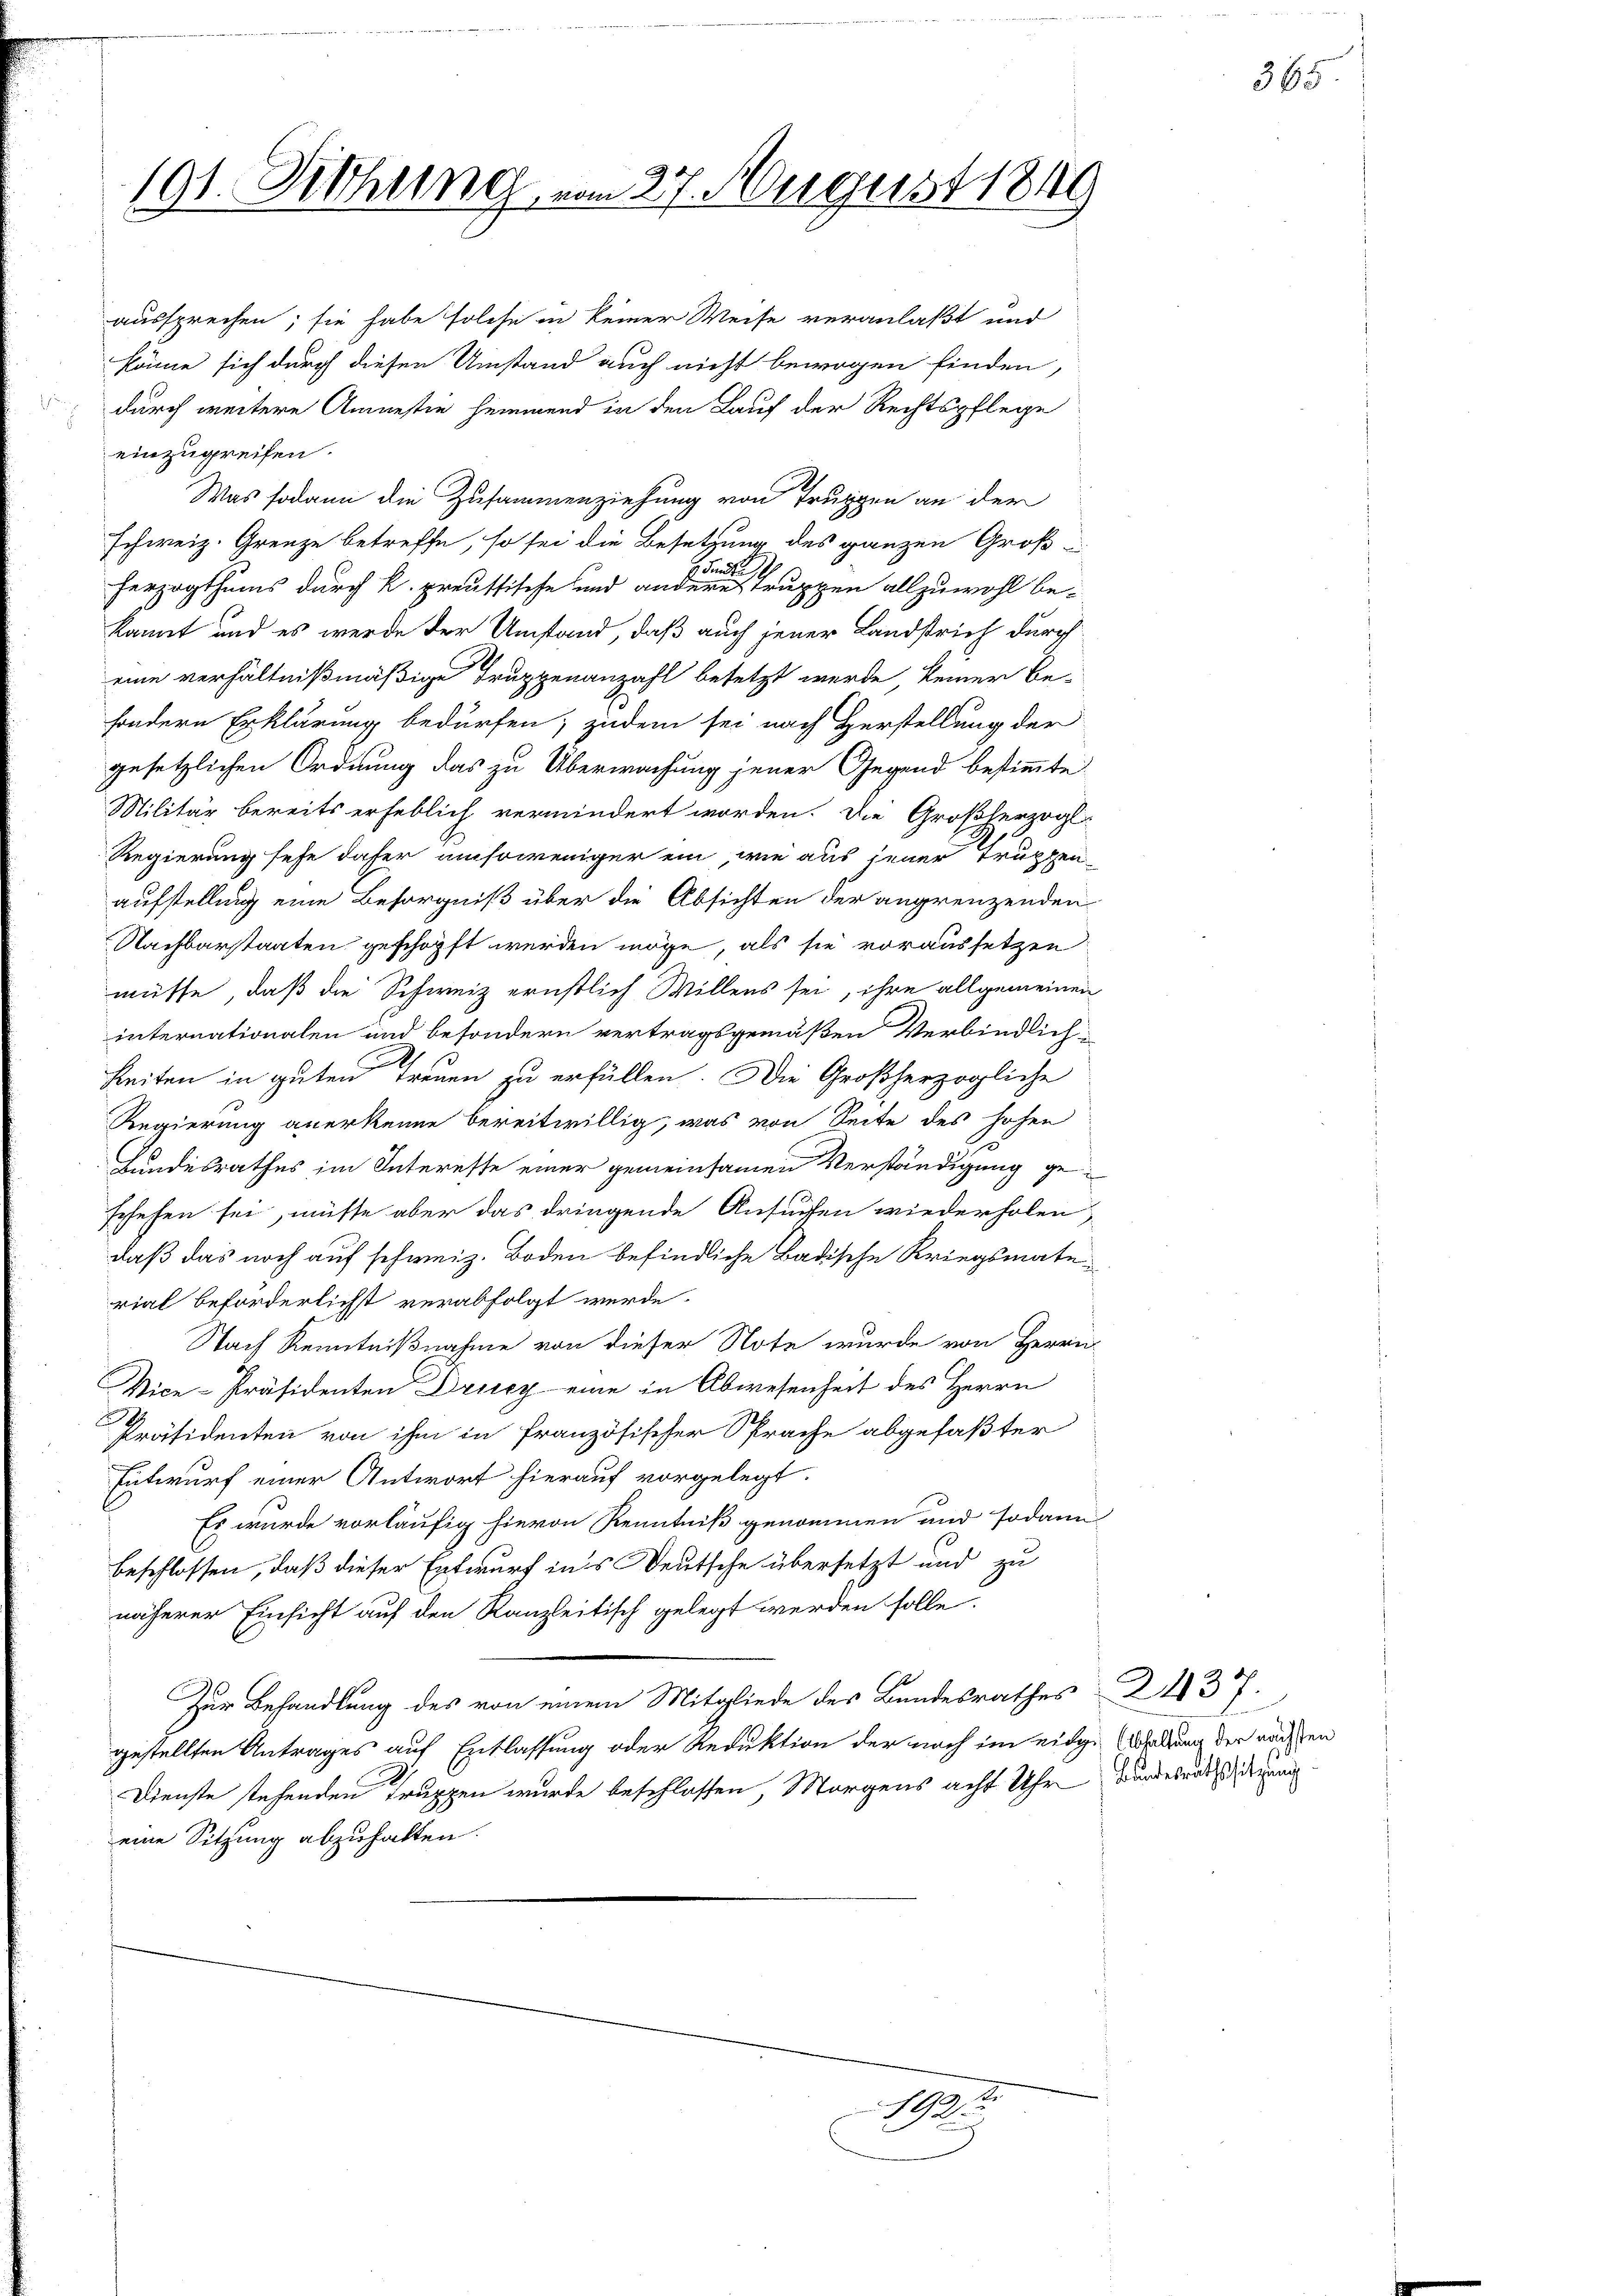
191. Diehung vom 27. August 1849

aussprechen; sie habe solche in keiner Weise veranlaßt und
könne sich durch diesen Umstand auch nicht bewogen finden,
durch weitere Amnestie hemmend in den Lauf der Rechtspflege
einzugreifen.
Was sodann die Zusammenziehung von Truppen an der
schweiz. Grenze betreffe, so sei die Besetzung des ganzen Groß¬
Sundt
herzogthums durch k. preussische und andere Truppen allzuwohl be-
kannt und es werde der Umstand, daß auch jener Landstrich durch
eine verhältnißmäßige Truppenanzahl besetzt werde, keiner Be-
sondern Erklärung bedürfen; zudem sei nach Herstellung der
gesetzlichen Ordnung das zu Überwachung jener Gegend bestimmte
Militär bereits erheblich vermindert worden. Die Großherzogl
Regierung sehe daher umsoweniger ein, wie aus jener Truppenaufstellung eine Besorgniß über die Absichten der angrenzenden
Nachbarstaaten geschöpft werden möge, als sie voraussetzen
müsse, daß die Schweiz ernstlich Willens sei, ihre allgemeinen
internationalen und besondern vertragsgemäßen Verbindlich-
1
Zeiten in guten Treuen zu erfüllen. Die Großherzogliche
Regierung anerkenne bereitwillig, was von Seite des hohen
.
Hundesrathes im Interesse einer gemeinsamen Verständigung geschehen sei, müsse aber das dringende Ansuchen wiederholen,
daß das noch auf schweiz. Boden befindliche Badische Kriegsmate
rial beförderlichst verabfolgt werde.
Nach Kenntnißnahme von dieser Note wurde von Herrn
Vice-Präsidenten Drucz eine in Abwesenheit des Herrn
Präsidenten von ihm in französischer Sprache abgefaßter
Entwurf einer Antwort hierauf vorgelegt.
Es wurde vorläufig hievon Kenntniß genommen und sodann
beschlossen, daß dieser Entwurf in’s Deutsche übersetzt und zu
näherer Einsicht auf den Kanzleitisch gelegt werden solle.
Zur Behandlung des von einem Mitgliede des Bandesrathes 2113 f.
gestellten Antrages auf Entlassung oder Reduktion der noch im eidge Weltung der nachden
Dienste stehenden Truppen wurde beschlossen, Morgens acht Uhr wurderunddienung
eine Sitzung abzuhalten.

1

365